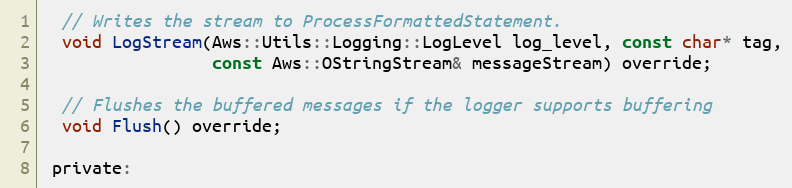
Language: C
  // Writes the stream to ProcessFormattedStatement.
  void LogStream(Aws::Utils::Logging::LogLevel log_level, const char* tag,
                 const Aws::OStringStream& messageStream) override;

  // Flushes the buffered messages if the logger supports buffering
  void Flush() override;

 private: